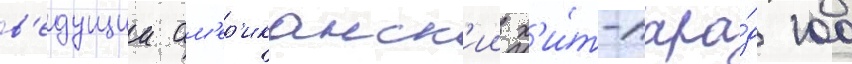
в'едущии ам'ер'иканск'ии х'и́т-пара́д 100